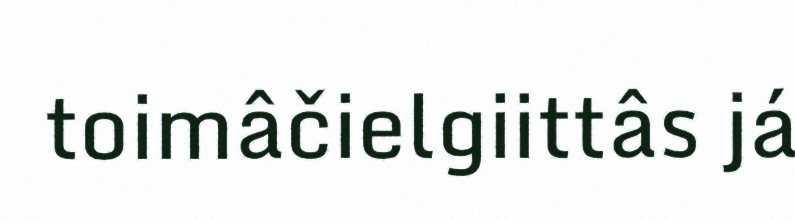
toimâčielgiittâs já